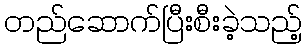
တည်ဆောက်ပြီးစီးခဲ့သည့်